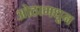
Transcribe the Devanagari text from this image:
ओठामधून